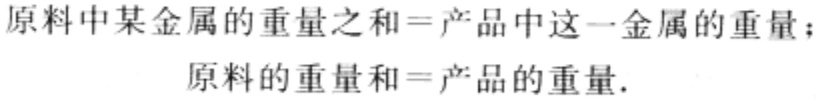
原料中某金属的重量之和=产品中这一金属的重量；
原料的重量和=产品的重量.